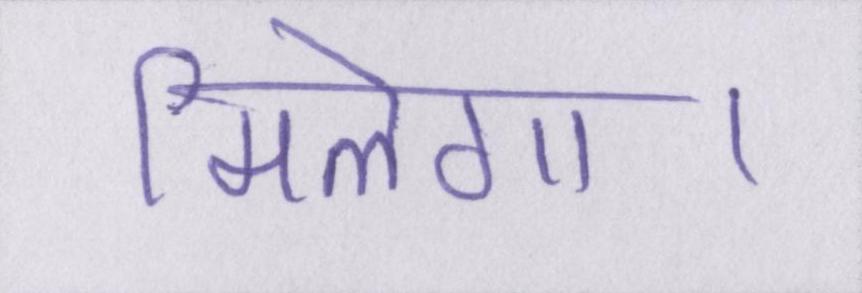
मिलेगा।